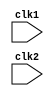
`timescale 1ns/1ps 
//pipelined implementation of MIPS 32-bit processor.
//pipelined satges are micro-instructions:
/*
->Stage1: Instruction Fetch (IF)
->Stage2: Instruction Decode (ID)
->Stage3: Execute (EX)
->Stage4: Memeory Operation (MEM)
->Stage5: Write Back (WB)

PC: Program Counter
NPC: New Program Counter
IR: Instruction Register
Imm: Immediate Data Register
LMD: Load Memory Data

*/

module pipe_MIPS32 (
    input wire clk1, clk2                  //two-phase clock
);

reg [31:0] PC, IF_ID_IR, IF_ID_NPC;                                 //stage 1-pipelined flip-flops

reg [31:0] ID_EX_IR, ID_EX_NPC, ID_EX_A, ID_EX_B, ID_EX_Imm;        //stage 2-pipeline flip-flops

reg [2:0] ID_EX_type, EX_MEM_type, MEM_WB_type;                     //flip-flops to determine the type of instruction

reg [31:0] EX_MEM_IR, EX_MEM_ALUOut, EX_MEM_B;                      //satge 3-pipeline flip-flops
reg EX_MEM_cond;

reg [31:0] MEM_WB_IR, MEM_WB_ALUOut, MEM_WB_LMD;                    //stage 4-pipeline flip-flops

reg [31:0] Reg [0:31];                                              //Register bank(32x32)
reg [31:0] Mem [0:1023];                                            //1024 x 32 memory

parameter   ADD= 6'd0,
            SUB= 6'd1,
            AND= 6'd2,
            OR= 6'd3,
            SLT= 6'd4,
            MUL= 6'd5,
            HLT= 6'b11_1111,
            LW= 6'd8,
            SW= 6'd9,
            ADDI= 6'd10,
            SUBI= 6'd11,
            SLTI= 6'd12,
            BNEQZ= 6'd13,
            BEQZ= 6'd14;                                        //OPCODES for instructions

parameter   RR_ALU= 3'b000,
            RM_ALU= 3'b001,
            LOAD= 3'b010,
            STORE= 3'b011,
            BRANCH= 3'b100,
            HALT= 3'b101;                                       //type of instructions

reg HALTED;                                                     //set after HLT instruction is 
                                                                //completed (in WB stage)

reg TAKEN_BRANCH;                                               //required to disable instructions
                                                                // after branch

//pipeline stage-1 
//Instruction Fetch (IF)
always @(posedge clk1) begin
    if(HALTED== 0) begin
        if (((EX_MEM_IR[31:26]== BEQZ) && (EX_MEM_cond== 1)) || 
        ((EX_MEM_IR[31:26]== BNEQZ) && (EX_MEM_cond== 0))) begin
            IF_ID_IR <=          Mem[EX_MEM_ALUOut];
            TAKEN_BRANCH<=      1'b1;
            IF_ID_NPC<=         EX_MEM_ALUOut+1;
            PC<=                EX_MEM_ALUOut+1;
        end
        else begin
            IF_ID_IR<= Mem[PC];
            IF_ID_NPC<= PC+1;
            PC<= PC+1;
        end
    end
end

//pipeline stage-2
//Instruction Decode (ID)
always @(posedge clk2) begin
    if(HALTED== 0) begin
        if(IF_ID_IR[25:21]== 5'b00000) begin
            ID_EX_A<= 0;
        end
        else ID_EX_A<= Reg[IF_ID_IR[25:21]];        //rs
    end
        if(IF_ID_IR[20:16]== 5'b00000) begin
            ID_EX_B<= 0;
        end
        else ID_EX_B<= Reg[IF_ID_IR[20:16]];        //rt

        ID_EX_NPC<= IF_ID_NPC;
        ID_EX_IR<= IF_ID_IR;
        ID_EX_Imm<= {{16{IF_ID_IR[15]}}, {IF_ID_IR[15:0]}};     //sign extention to Immediate register

        case (IF_ID_IR[31:26])
            ADD, SUB, AND, OR, SLT, MUL:    ID_EX_type<= RR_ALU;
            ADDI, SUBI, SLTI:               ID_EX_type<= RM_ALU;
            LW:                             ID_EX_type<= LOAD;
            SW:                             ID_EX_type<= STORE;
            BNEQZ, BEQZ:                    ID_EX_type<= BRANCH;
            HLT:                            ID_EX_type<= HALT;
            default:                        ID_EX_type<= HALT;
        endcase
end

//pipeline stage-3
//Execute (EX)
always @(posedge clk1) begin
    if (HALTED== 0) begin
        EX_MEM_type<= ID_EX_type;
        EX_MEM_IR<= ID_EX_IR;
        TAKEN_BRANCH<= 0;

        case (ID_EX_type)
            RR_ALU: begin
                case (ID_EX_IR[31:26])        //opcode
                    ADD:        EX_MEM_ALUOut<= ID_EX_A + ID_EX_B;
                    SUB:        EX_MEM_ALUOut<= ID_EX_A - ID_EX_B;
                    AND:        EX_MEM_ALUOut<= ID_EX_A & ID_EX_B;
                    OR:         EX_MEM_ALUOut<= ID_EX_A | ID_EX_B;
                    SLT:        EX_MEM_ALUOut<= ID_EX_A < ID_EX_B;
                    MUL:        EX_MEM_ALUOut<= ID_EX_A * ID_EX_B;
                    default:    EX_MEM_ALUOut<= 32'hxxxx_xxxx;
                endcase
            end

            RM_ALU: begin
                case (ID_EX_IR[31:26])      //opcode
                    ADDI:       EX_MEM_ALUOut<= ID_EX_A + ID_EX_Imm;
                    SUBI:       EX_MEM_ALUOut<= ID_EX_A - ID_EX_Imm;
                    SLTI:       EX_MEM_ALUOut<= ID_EX_A < ID_EX_Imm;
                    default:    EX_MEM_ALUOut<= 32'hxxxx_xxxx;
                endcase
            end

            LOAD, STORE: begin
                EX_MEM_ALUOut<= ID_EX_A + ID_EX_Imm;
                EX_MEM_B<=      ID_EX_B;
            end

            BRANCH: begin
                EX_MEM_ALUOut<=     ID_EX_NPC + ID_EX_Imm;
                EX_MEM_cond<=       (ID_EX_A== 0);
            end
        endcase
    end
end

//pipeline stage-4
//Memory(MEM)
always @(posedge clk2) begin
    if(HALTED== 0) begin
        MEM_WB_type<=   EX_MEM_type;
        MEM_WB_IR<=     EX_MEM_IR;

        case (EX_MEM_type)
            RR_ALU, RM_ALU:     MEM_WB_ALUOut<= EX_MEM_ALUOut;
            LOAD:               MEM_WB_LMD<= Mem[EX_MEM_ALUOut];
            STORE:              if (TAKEN_BRANCH== 0) begin     //disable write
                                Mem[EX_MEM_ALUOut]<= EX_MEM_B;
            end
        endcase
    end
end

//pipeline stage-5
//Write Back (WB)
always @(posedge clk1) begin
    if (TAKEN_BRANCH== 0) begin
        case (MEM_WB_type)
            RR_ALU:     Reg[MEM_WB_IR[15:11]]<= MEM_WB_ALUOut;      //rd
            RM_ALU:     Reg[MEM_WB_IR[20:16]]<= MEM_WB_ALUOut;      //rt
            LOAD:       Reg[MEM_WB_IR[20:16]]<= MEM_WB_LMD;         //rt
            HALT:       HALTED<= 1'b1;
        endcase
    end
end

endmodule //pipe_MIPS32